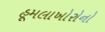
હૂમલાખોરોનો